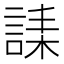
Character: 䛶